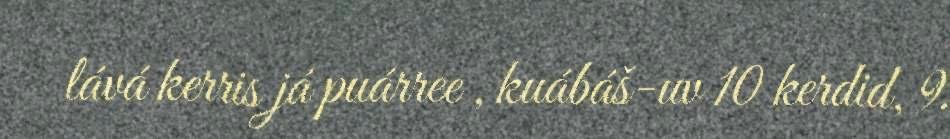
lává kerris já puárree , kuábáš-uv 10 kerdid, 9.